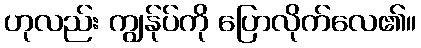
ဟုလည်း ကျွန်ုပ်ကို ပြောလိုက်လေ၏။